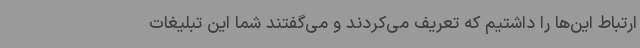
ارتباط این‌ها را داشتیم که تعریف می‌کردند و می‌گفتند شما این تبلیغات